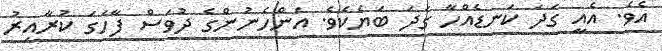
އެވެ. އެއީ ގަދަ ކަނޑެއްހާ ގަދަ ބަޔެކެވެ. އަންހެނުންގެ ދުވަސް ފާހަގަ ކުރާއިރު